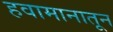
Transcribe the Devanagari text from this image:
हवामानातून